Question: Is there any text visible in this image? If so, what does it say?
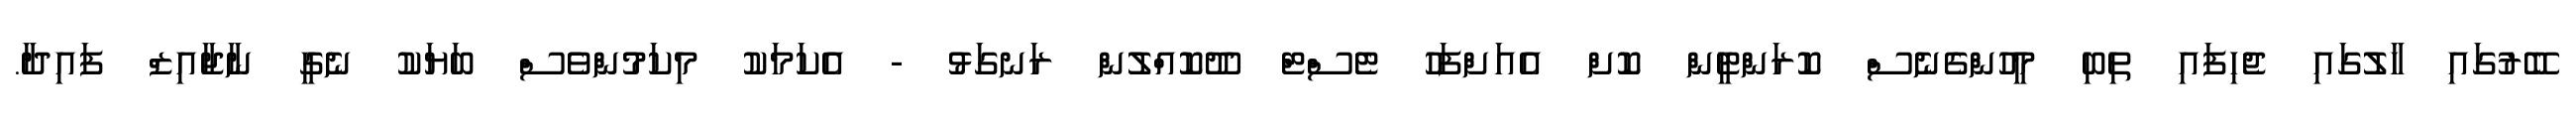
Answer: ބޭރުގައި ހާލުގައި ޖެހިފައި ތިބި މީހުންގެނެސް ކޮރަންޓީން ކޮށް އެއަށްފަހު ޓެސްޓް ދޫކޮއްލުން ރަނގަޅު - އެކަމަކު މިކަމުންވެސް ބަޔަކު ނެގީ ނާޖާއިޒް ފައިދާ.